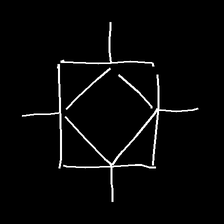
Glyph: light